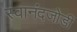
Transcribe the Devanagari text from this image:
स्वानंदजोडी